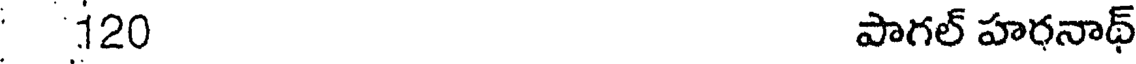
120 పాగల్ హరనాథ్